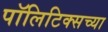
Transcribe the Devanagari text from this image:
पॉलिटिक्सच्या